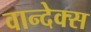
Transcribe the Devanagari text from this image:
वान्देक्स